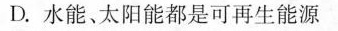
D.水能、太阳能都是可再生能源